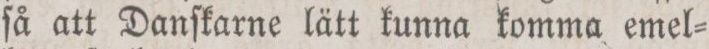
ſå att Danſkarne lätt kunna komma emel=